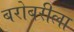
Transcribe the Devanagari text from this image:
बरोबरीला